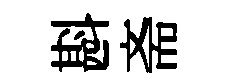
斟斋